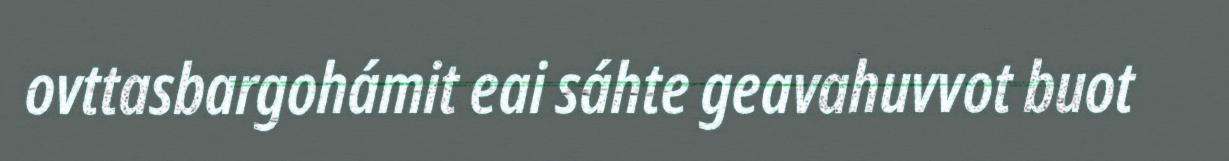
ovttasbargohámit eai sáhte geavahuvvot buot